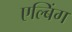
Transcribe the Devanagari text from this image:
एल्बिंग